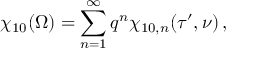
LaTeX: \chi _ { 1 0 } ( \Omega ) = \sum _ { n = 1 } ^ { \infty } q ^ { n } \chi _ { 1 0 , n } ( \tau ^ { \prime } , \nu ) \, ,